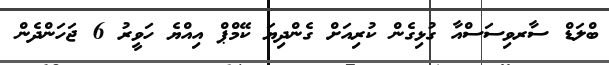
ބްލަޑް ސާރވިސަސްއާ ގުޅިގެން ކުރިއަށް ގެންދިޔަ ކޭމްޕް އިއްޔެ ހަވީރު 6 ޖަހަންދެން